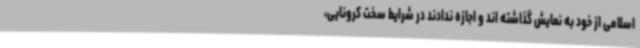
اسلامی از خود به نمایش گذاشته اند و اجازه ندادند در شرایط سخت کرونایی،